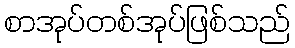
စာအုပ်တစ်အုပ်ဖြစ်သည်